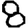
Digit: 8